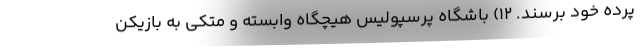
پرده خود برسند. ۱۲) باشگاه پرسپولیس هیچگاه وابسته و متکی به بازیکن